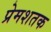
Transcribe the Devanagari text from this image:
प्रेमशतक